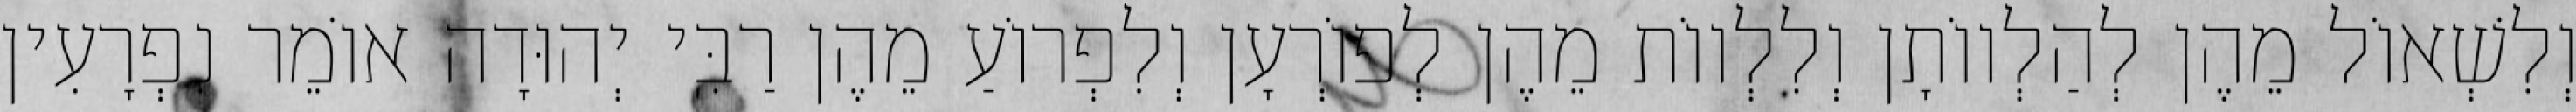
וְלִשְׁאוֹל מֵהֶן לְהַלְווֹתָן וְלִלְווֹת מֵהֶן לְפוֹרְעָן וְלִפְרוֹעַ מֵהֶן רַבִּי יְהוּדָה אוֹמֵר נִפְרָעִין